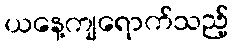
ယနေ့ကျရောက်သည့်